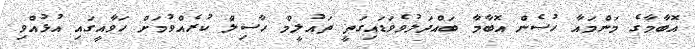
އޮބާމާގެ މަންމައާ ހުސެން އޮބާމާ ބައްދަލުވެވަޑައިގަތީ ތައުލީމް ހާސިލް ކުރެއްވުމަށް ހަވާއީގައި އުޅުއްވި